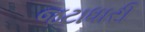
જટાધારી